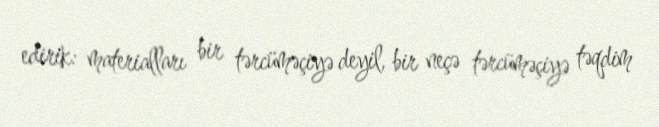
edirik: ma­te­rialları bir tər­cü­məçiyə deyil, bir neçə tərcüməçiyə təqdim